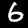
Label: 6